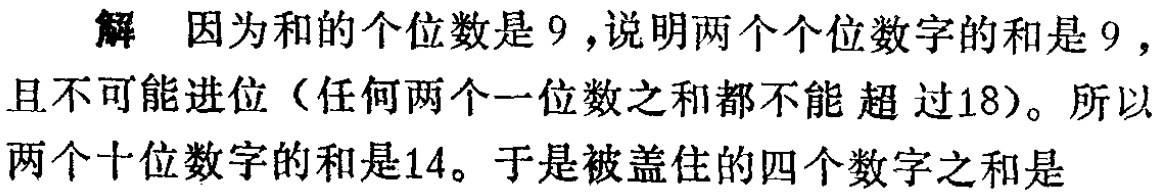
解 因为和的个位数是$9$，说明两个个位数字的和是$9$，且不可能进位（任何两个一位数之和都不能超过18）。所以两个十位数字的和是14。于是被盖住的四个数字之和是